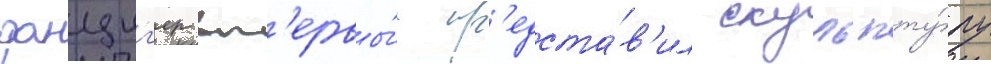
данциг'ер вп'ервы́е пр'едста́в'ил скульпту́ру